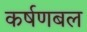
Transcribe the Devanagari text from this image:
कर्षणबल